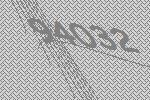
94032